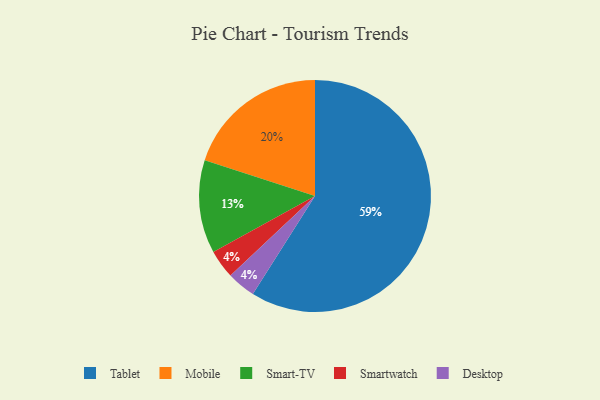
{"axis": {"x": "Category", "y": "Percentage"}, "legend": ["Desktop", "Mobile", "Smart-TV", "Smartwatch", "Tablet"], "data": [{"x": "Tablet", "y": 59, "type": "Tablet"}, {"x": "Mobile", "y": 20, "type": "Mobile"}, {"x": "Smartwatch", "y": 4, "type": "Smartwatch"}, {"x": "Smart-TV", "y": 13, "type": "Smart-TV"}, {"x": "Desktop", "y": 4, "type": "Desktop"}]}